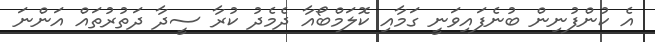
އެ ކުންފުނިން ބުނެފައިވަނީ ގަމާއި ކޮލަމްބޯއާ ދެމެދު ކުރާ ސީދާ ދަތުރުތައް އަންނަ